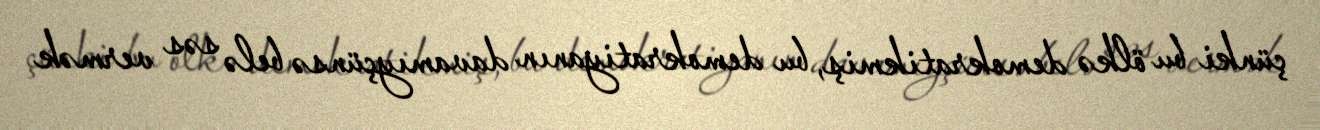
çünki bu ölkə demokratikmiş, bu demokratiyanın davamıyçünsə belə səs vermək